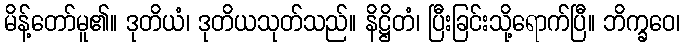
မိန့်တော်မူ၏။ ဒုတိယံ၊ ဒုတိယသုတ်သည်။ နိဋ္ဌိတံ၊ ပြီးခြင်းသို့ရောက်ပြီ။ ဘိက္ခဝေ၊